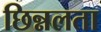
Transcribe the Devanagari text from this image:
छिन्नलता